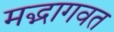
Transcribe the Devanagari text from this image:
मद्भागवत